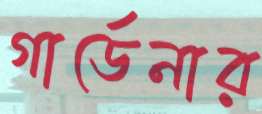
গার্ডেনার